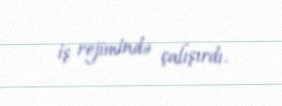
iş rejimində çalışırdı.